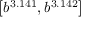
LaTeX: \left[ b ^ { 3 . 1 4 1 } , b ^ { 3 . 1 4 2 } \right]